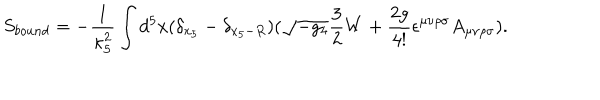
LaTeX: S _ { b o u n d } = - \frac { 1 } { \kappa _ { 5 } ^ { 2 } } \int d ^ { 5 } x ( \delta _ { x _ { 5 } } - \delta _ { x _ { 5 } - R } ) ( \sqrt { - g _ { 4 } } \frac { 3 } { 2 } W + \frac { 2 g } { 4 ! } \epsilon ^ { \mu \nu \rho \sigma } A _ { \mu \nu \rho \sigma } ) .